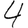
Digit: 4